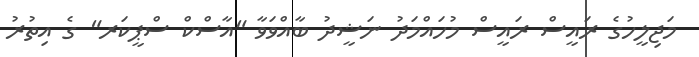
މަޖިލީހުގެ ރައީސް ރައީސް މުހައްމަދު ނަޝީދު ބާއްވަވާ "އާސްކް ސްޕީކަރ" ގެ އިތުރު